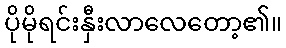
ပိုမိုရင်းနှီးလာလေတော့၏။